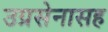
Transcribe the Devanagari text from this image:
उग्रसेनासह